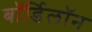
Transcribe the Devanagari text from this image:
बॉर्डिलॉन